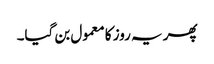
پھر یہ روز کا معمول بن گیا۔